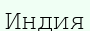
Индия